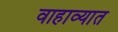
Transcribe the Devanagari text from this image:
वाहाव्यात